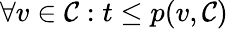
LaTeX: \forall v\in\mathcal{C}:t\leq p(v,\mathcal{C})